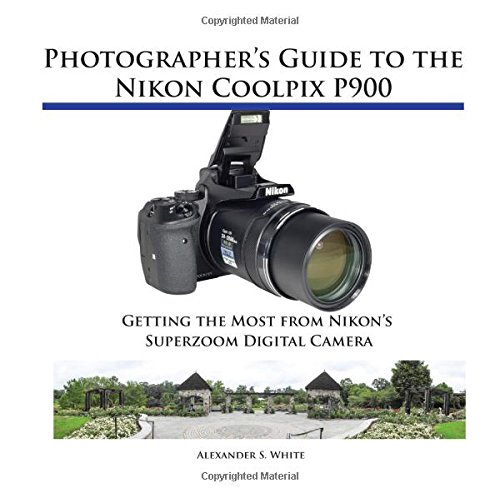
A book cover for Photographer's Guide to the Nikon Coolpix P900; Alexander S. White; Arts & Photography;